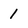
Character: 1